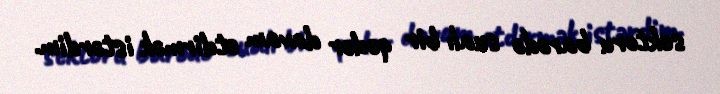
sektoru barədə sualı bir qədər davam etdirmək istərdim.